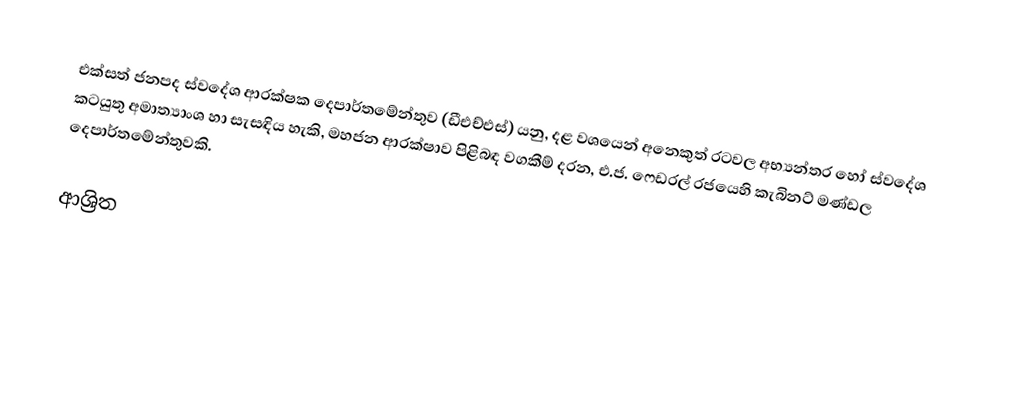
එක්සත් ජනපද ස්වදේශ ආරක්ෂක දෙපාර්තමේන්තුව (ඩීඑච්එස්) යනු,  දළ වශයෙන් අනෙකුත් රටවල  අභ්‍යන්තර හෝ ස්වදේශ කටයුතු අමාත්‍යාංශ හා සැසඳිය හැකි,  මහජන ආරක්ෂාව පිළිබඳ වගකීම් දරන, එ.ජ. ෆෙඩරල් රජයෙහි කැබිනට් මණ්ඩල දෙපාර්තමේන්තුවකි.

ආශ්‍රිත